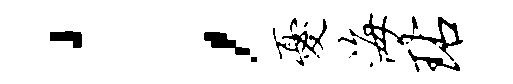
；忧海玷